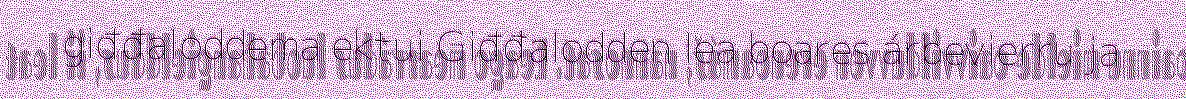
giđđaloddema ektui Giđđalodden lea boares árbevierru ja